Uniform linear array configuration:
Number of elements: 32
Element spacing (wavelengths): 0.5
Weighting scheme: blackman
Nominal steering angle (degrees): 15
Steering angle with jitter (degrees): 16.319
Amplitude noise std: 0.05
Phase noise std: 0.05

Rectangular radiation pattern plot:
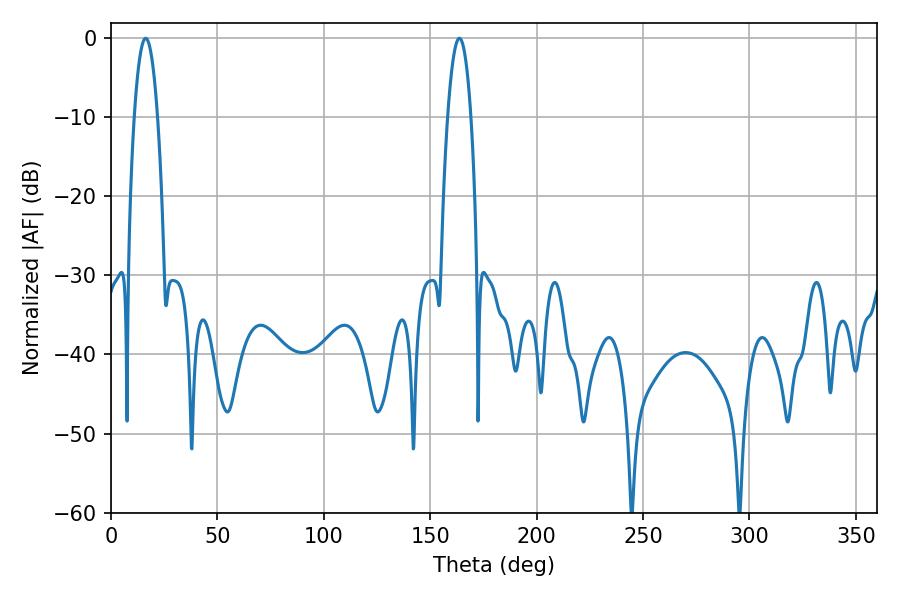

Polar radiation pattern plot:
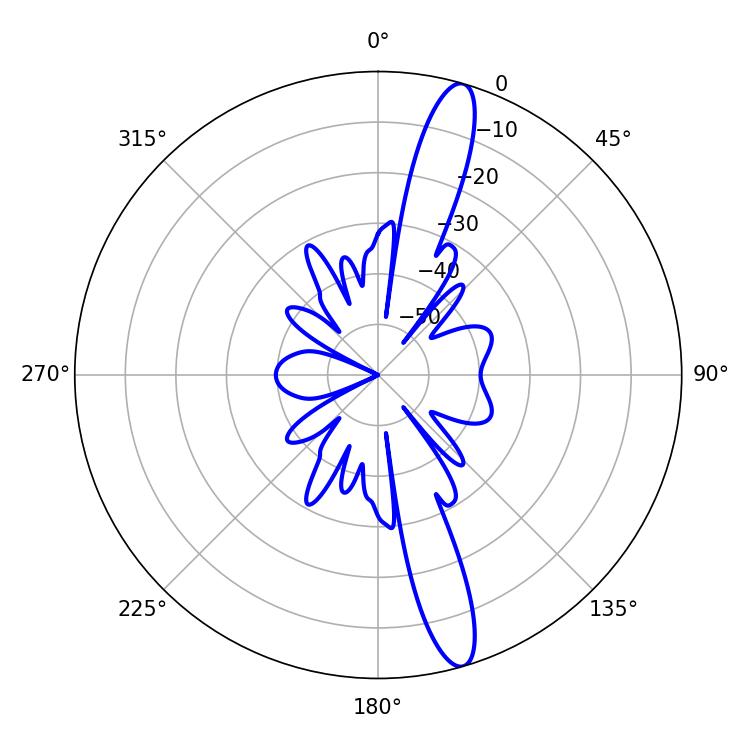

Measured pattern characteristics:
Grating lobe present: FALSE
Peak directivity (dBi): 14.948
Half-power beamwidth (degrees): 5.94
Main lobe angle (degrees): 16.38